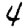
Digit: 4